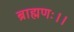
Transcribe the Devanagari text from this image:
ब्राह्मणः।।